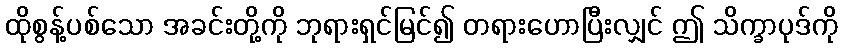
ထိုစွန့်ပစ်သော အခင်းတို့ကို ဘုရားရှင်မြင်၍ တရားဟောပြီးလျှင် ဤ သိက္ခာပုဒ်ကို